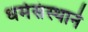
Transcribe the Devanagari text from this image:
धर्मसंस्थाने